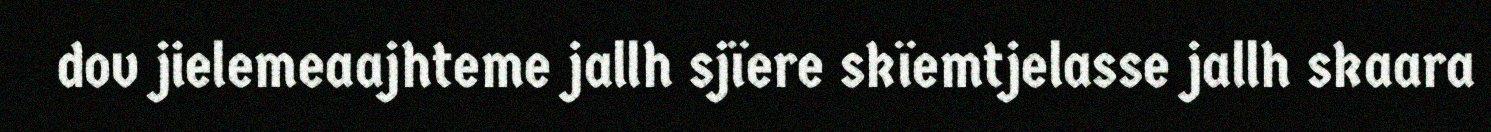
dov jielemeaajhteme jallh sjïere skïemtjelasse jallh skaara